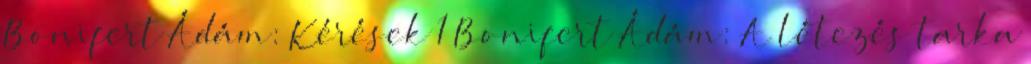
Bonifert Ádám: Kérések 1 Bonifert Ádám: A létezés tarka